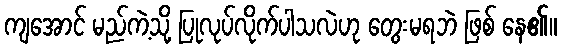
ကျအောင် မည်ကဲ့သို့ ပြုလုပ်လိုက်ပါသလဲဟု တွေးမရဘဲ ဖြစ် နေ၏။